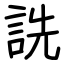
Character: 詵